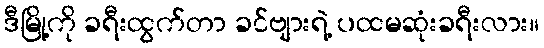
ဒီမြို့ကို ခရီးထွက်တာ ခင်ဗျားရဲ့ ပထမဆုံးခရီးလား။